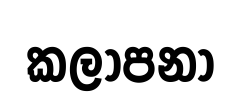
කලාපනා